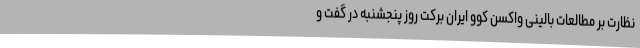
نظارت بر مطالعات بالینی واکسن کوو ایران برکت روز پنجشنبه در گفت و